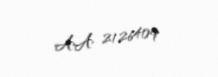
AA 2126409